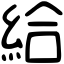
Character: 給